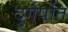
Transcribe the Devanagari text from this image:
दुर्गपति